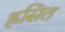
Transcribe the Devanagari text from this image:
ह्रसित